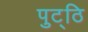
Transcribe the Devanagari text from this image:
पुट्ठि